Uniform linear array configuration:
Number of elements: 24
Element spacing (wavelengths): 0.75
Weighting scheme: hann
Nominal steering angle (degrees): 45
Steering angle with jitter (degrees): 45.782
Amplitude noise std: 0.05
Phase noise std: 0.05

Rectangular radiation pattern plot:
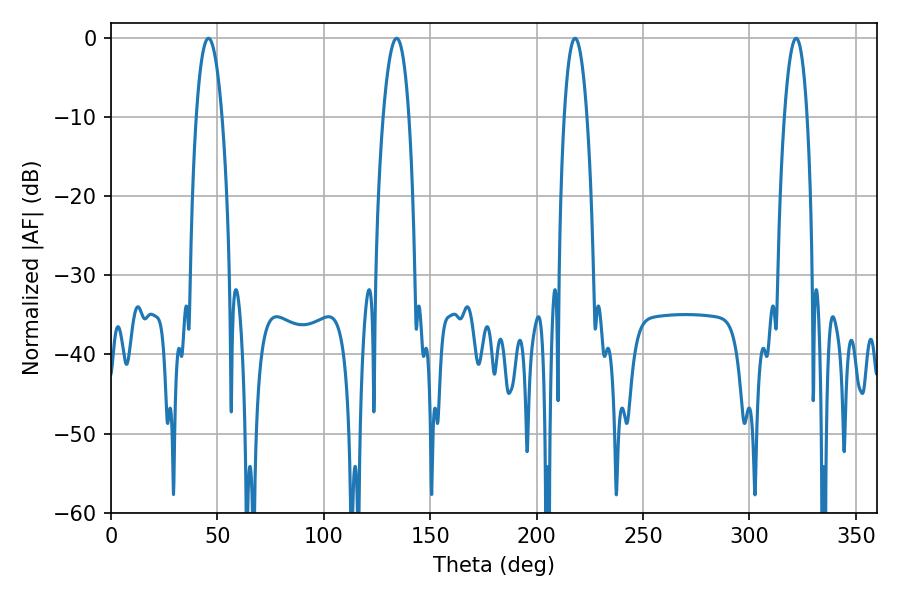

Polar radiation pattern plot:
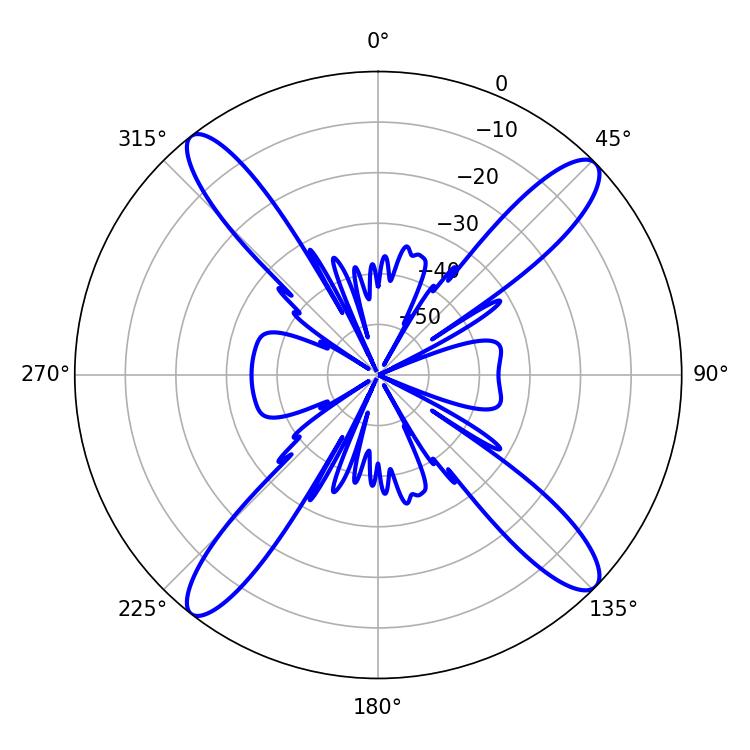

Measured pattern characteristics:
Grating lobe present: TRUE
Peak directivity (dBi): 16.642
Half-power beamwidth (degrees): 6.84
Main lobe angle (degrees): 45.72